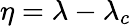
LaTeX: \eta=\lambda-\lambda_{c}